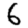
Digit: 6